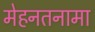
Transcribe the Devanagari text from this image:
मेहनतनामा